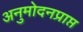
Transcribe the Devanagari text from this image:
अनुमोदनप्राप्त